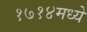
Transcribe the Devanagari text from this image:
१७१४मध्ये